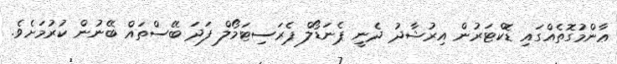
ޢާންމުގޮތެއްގައި ޑޮކްޓަރުން އިރުޝާދު ދެނީ ޕެނަޑޯލް ޕެރަސިޓަމޯލް ފަދަ ބޭސްތައް ބޭނުން ކުރުމަށެވެ.